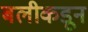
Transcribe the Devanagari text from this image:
बलीकडून